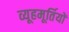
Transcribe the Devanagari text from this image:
व्यूहमूर्तियों